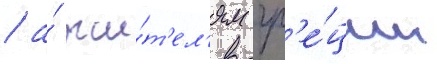
/ а́ жи́т'ел'ям гр'е́ции